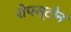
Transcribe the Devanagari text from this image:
शेपस्टोन